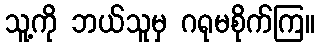
သူ့ကို ဘယ်သူမှ ဂရုမစိုက်ကြ။